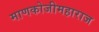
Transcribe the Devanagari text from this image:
माणकोजीमहाराज